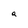
Character: a